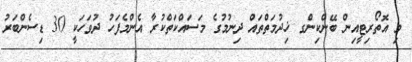
މި އޮތޯރިޓީއިން ބޭންކިންގ ޚިދުމަތްތައް ދިނުމުގެ މަސައްކަތްކުރާ އެންމެފަހު ދުވަހަކީ 30 ޑިސެންބަރު